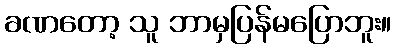
ခဏတော့ သူ ဘာမှပြန်မပြောဘူး။